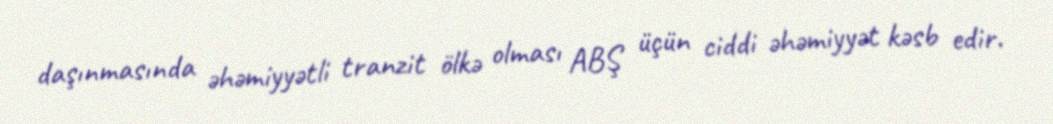
daşınmasında əhəmiyyətli tranzit ölkə olması ABŞ üçün ciddi əhəmiyyət kəsb edir.